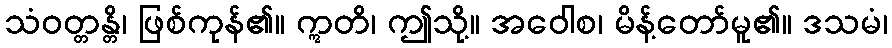
သံဝတ္တန္တိ၊ ဖြစ်ကုန်၏။ ဣတိ၊ ဤသို့။ အဝေါစ၊ မိန့်တော်မူ၏။ ဒသမံ၊